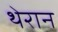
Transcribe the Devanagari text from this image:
थेरान